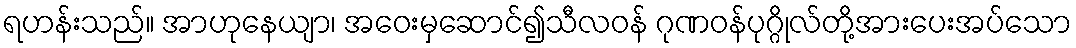
ရဟန်းသည်။ အာဟုနေယျာ၊ အဝေးမှဆောင်၍သီလဝန် ဂုဏဝန်ပုဂ္ဂိုလ်တို့အားပေးအပ်သော